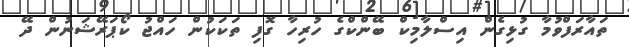
ތައާރަފްވުމާ ގުޅިގެން އިސްލާމިކް ބޭންކްގެ ހުރިހާ ގޮފި ތަކަކުން ހައްޖު ކޯޕަރޭޝަނުން ދޭ